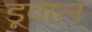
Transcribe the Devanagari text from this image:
डूवाल